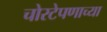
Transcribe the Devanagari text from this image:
चोरटेपणाच्या